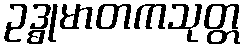
ဥဒ္ဓုမာတကသုတ္တ